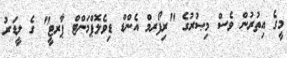
މީގެ އިތުރުން ވެސް މިޞުރުގެ "ރިފޯރމް އެންޑް ޑިވެލޮޕްމަންޓް ޕާރޓީ" ގެ ލީޑަރު